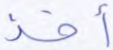
أخذ